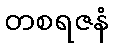
တစရဇနံ